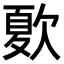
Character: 𣣺